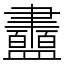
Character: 䀌